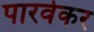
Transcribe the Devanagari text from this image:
पारवेकर